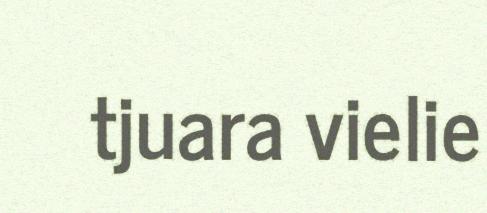
tjuara vielie